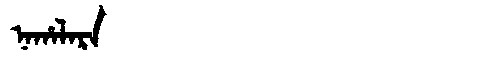
Manchu: ᠨᠠᡥᠠᠯᠠᡵᠠ
Romanization: NAHALARA